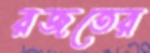
রজতের